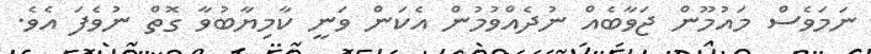
ނަމަވެސް މައުމޫން ޖަވާބެއް ނުދެއްވުމުން އެކަން ވަނީ ކާމިޔާބުވާ ގޮތް ނުވެފަ އެވެ.